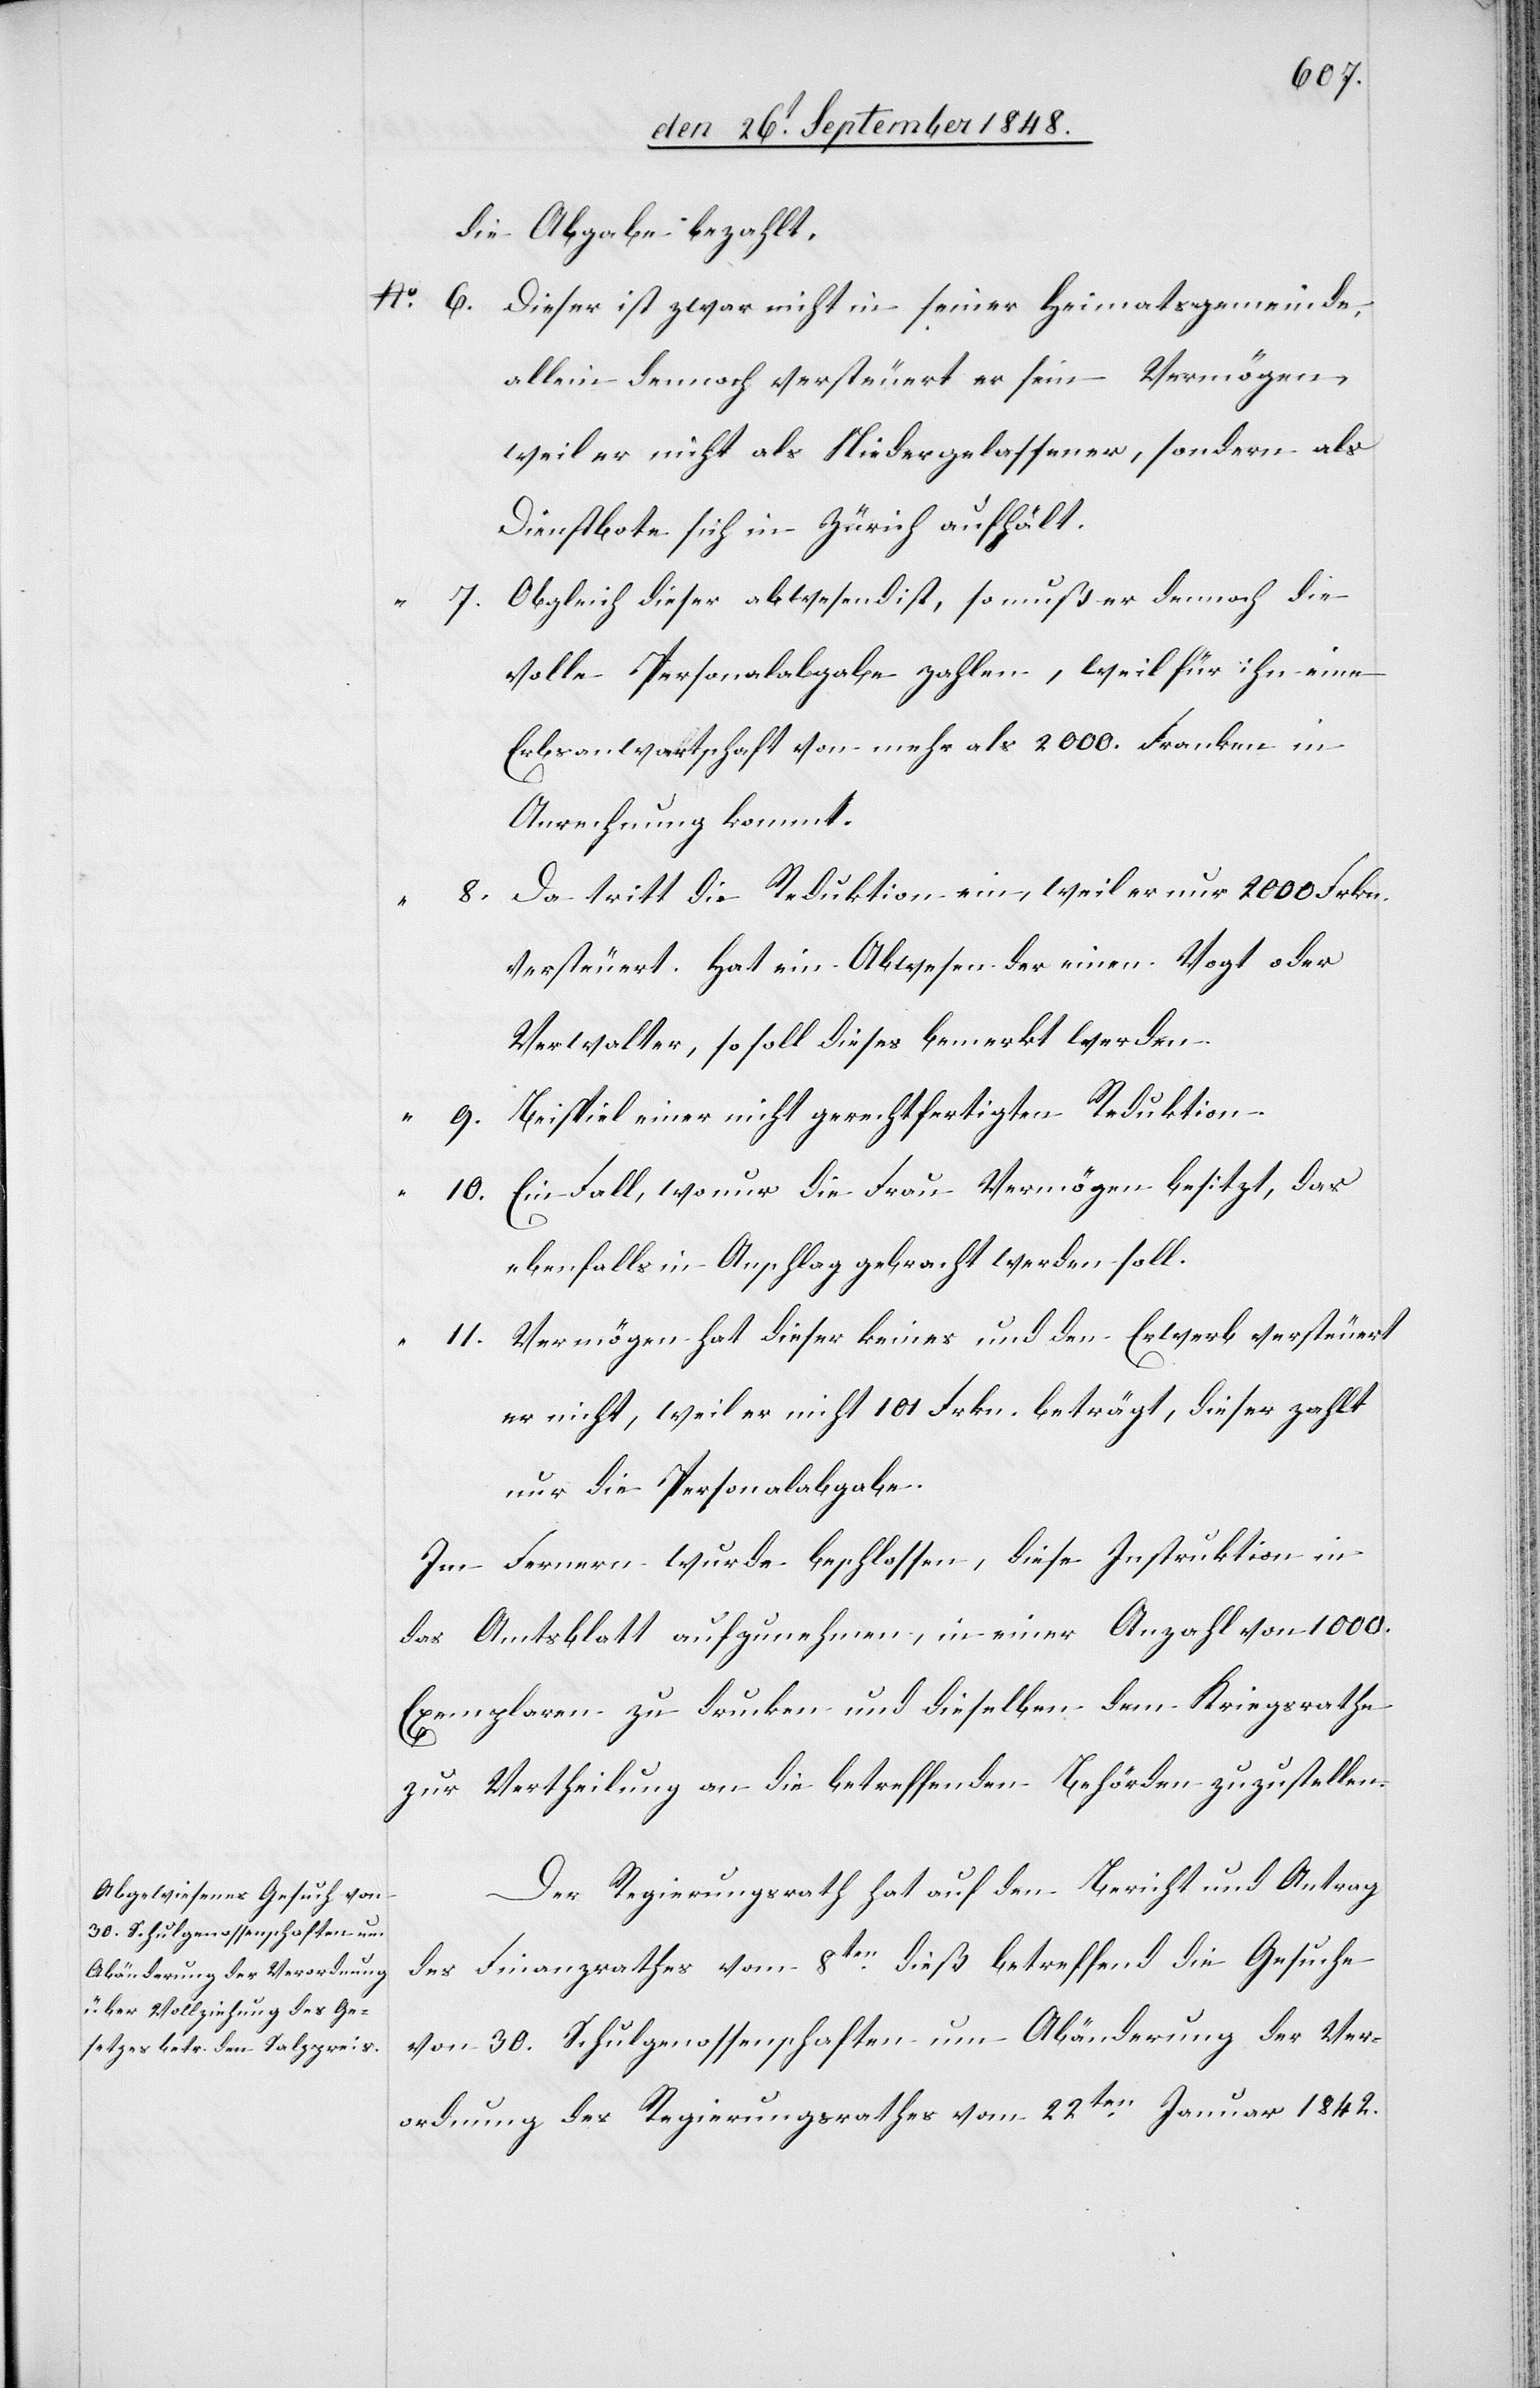
11.

die Abgabe zahlt.
Dieser ist zwar nicht in seiner Heimatsgemeinde,
allein dennoch versteuert er sein Vermögen,
weil er nicht als Niedergelassener, sondern als
Dienstbote sich in Zürich aufhält.
Obgleich dieser abwesend ist, so muß er dennoch die
volle Personalabgabe zahlen, weil für ihn eine
Erbsanwartschaft von mehr als 2000. Franken in
Anrechnung kommt.
Da tritt die Reduktion ein, weil er nur 2000. Frkn.
versteuert. Hat ein Abwesender einen Vogt oder
Verwalter, so soll dieses bemerkt werden.
Beispiel einer nicht gerechtfertigten Reduktion.
Ein Fall, wo nur die Frau Vermögen besitzt, das
ebenfalls in Anschlag gebracht werden soll.
Vermögen hat dieser keines und den Erwerb versteuert
er nicht, weil er nicht 101. Frkn. beträgt, dieser zahlt
nur Personalabgabe.
Im Fernern wurde beschlossen, diese Instruktion in
das Amtsblatt aufzunehmen, in einer Anzahl von 1000.
Exemplaren zu drucken und dieselben dem Kriegsrathe
zur Vertheilung an die betreffenden Behörden zuzustellen.
Der Regierungsrath hat auf den Bericht und Antrag
des Finanzrathes vom 8ten dieß betreffend die Gesuche
von 30. Schulgenossenschaften um Abänderung der Ver¬
ordnung des Regierungsrathes vom 22ten Januar 1842.